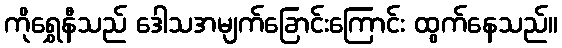
ကိုရွှေနီသည် ဒေါသအမျက်ခြောင်းကြောင်း ထွက်နေသည်။